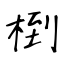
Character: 椡